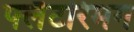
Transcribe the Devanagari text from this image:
फ्लैटरिमग